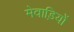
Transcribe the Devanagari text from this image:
मेवाड़ियों